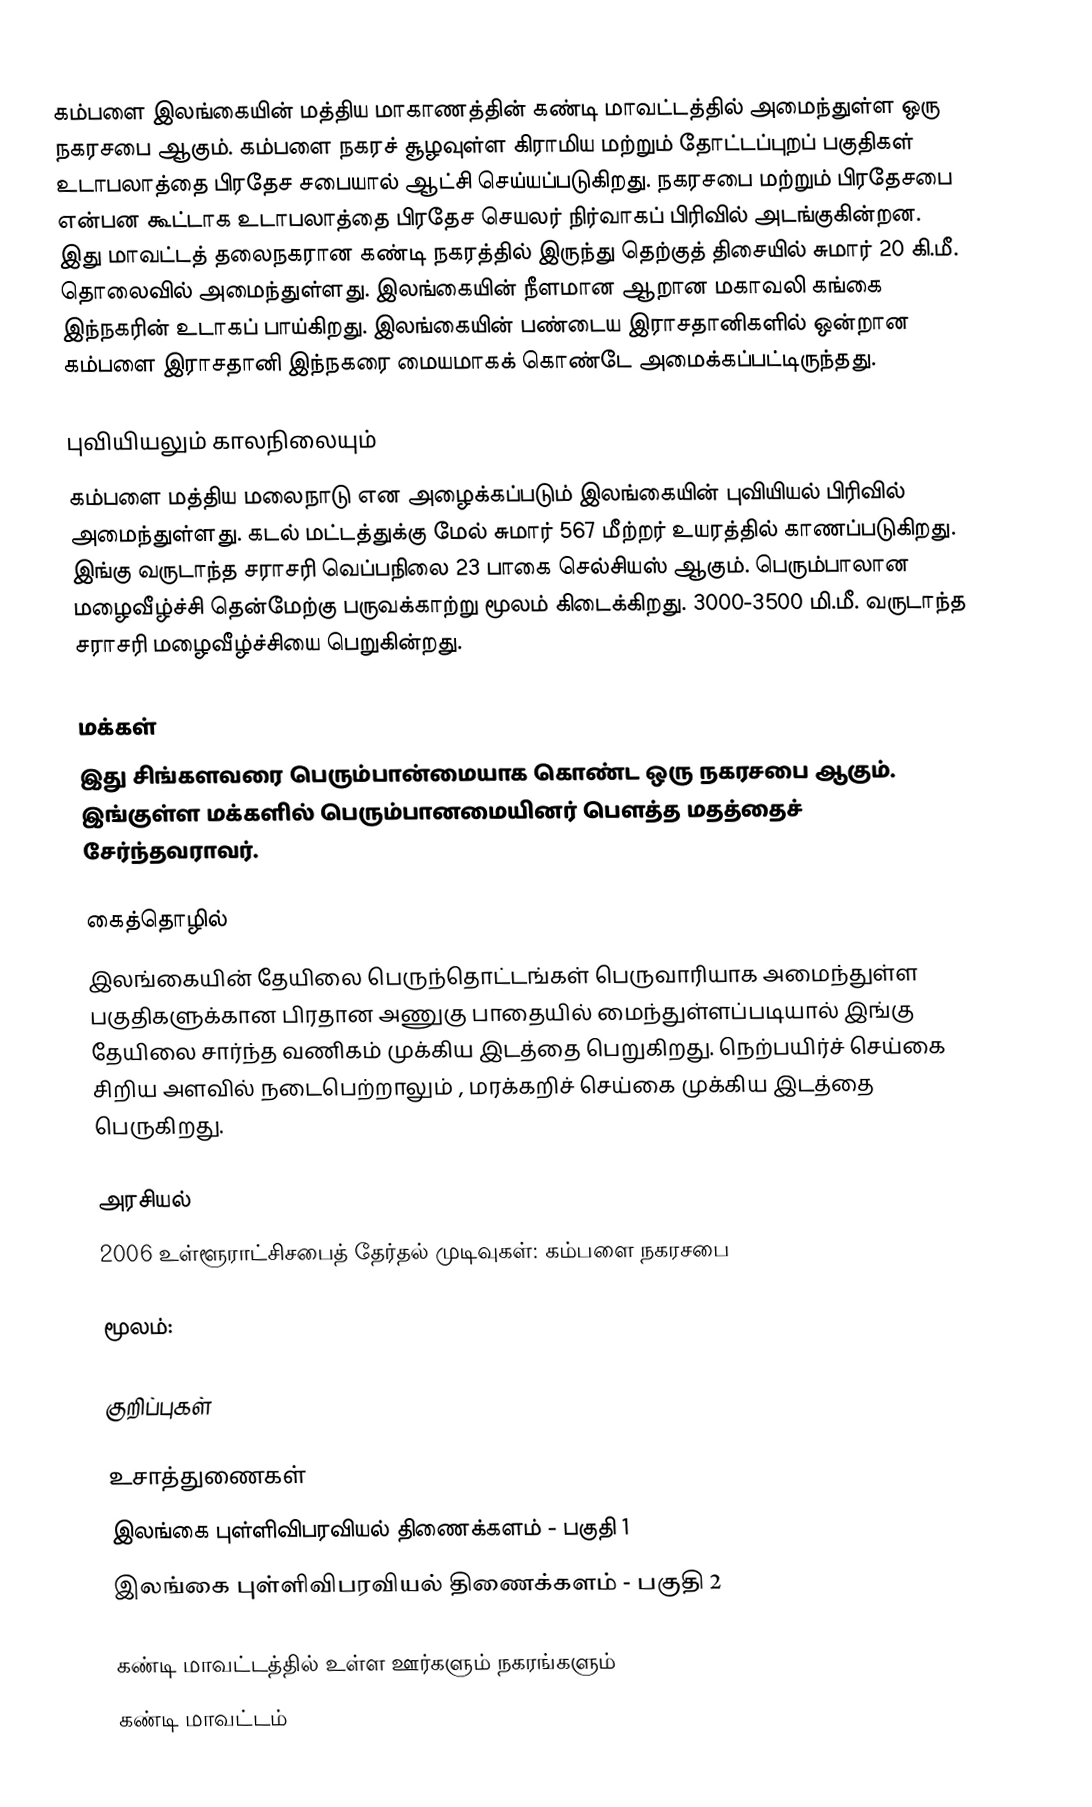
கம்பளை இலங்கையின் மத்திய மாகாணத்தின் கண்டி மாவட்டத்தில் அமைந்துள்ள ஒரு நகரசபை ஆகும். கம்பளை நகரச் சூழவுள்ள கிராமிய மற்றும் தோட்டப்புறப் பகுதிகள் உடாபலாத்தை பிரதேச சபையால் ஆட்சி செய்யப்படுகிறது. நகரசபை மற்றும் பிரதேசபை என்பன கூட்டாக உடாபலாத்தை பிரதேச செயலர் நிர்வாகப் பிரிவில் அடங்குகின்றன. இது மாவட்டத் தலைநகரான கண்டி நகரத்தில் இருந்து  தெற்குத் திசையில் சுமார் 20 கி.மீ. தொலைவில் அமைந்துள்ளது. இலங்கையின் நீளமான ஆறான மகாவலி கங்கை இந்நகரின் உடாகப் பாய்கிறது. இலங்கையின் பண்டைய இராசதானிகளில் ஒன்றான கம்பளை இராசதானி இந்நகரை மையமாகக் கொண்டே அமைக்கப்பட்டிருந்தது.

புவியியலும் காலநிலையும்
கம்பளை  மத்திய மலைநாடு என அழைக்கப்படும்  இலங்கையின் புவியியல் பிரிவில் அமைந்துள்ளது. கடல் மட்டத்துக்கு மேல் சுமார் 567 மீற்றர்  உயரத்தில் காணப்படுகிறது. இங்கு வருடாந்த சராசரி வெப்பநிலை 23 பாகை செல்சியஸ் ஆகும். பெரும்பாலான மழைவீழ்ச்சி தென்மேற்கு பருவக்காற்று மூலம் கிடைக்கிறது. 3000-3500 மி.மீ. வருடாந்த சராசரி மழைவீழ்ச்சியை பெறுகின்றது.

மக்கள்
இது சிங்களவரை பெரும்பான்மையாக கொண்ட ஒரு நகரசபை ஆகும். இங்குள்ள மக்களில் பெரும்பானமையினர் பௌத்த மதத்தைச் சேர்ந்தவராவர்.

கைத்தொழில்
இலங்கையின் தேயிலை பெருந்தொட்டங்கள் பெருவாரியாக அமைந்துள்ள பகுதிகளுக்கான பிரதான அணுகு பாதையில் மைந்துள்ளப்படியால் இங்கு தேயிலை சார்ந்த வணிகம் முக்கிய இடத்தை பெறுகிறது. நெற்பயிர்ச் செய்கை சிறிய அளவில் நடைபெற்றாலும் , மரக்கறிச் செய்கை முக்கிய இடத்தை பெருகிறது.

அரசியல்
2006　உள்ளூராட்சிசபைத்　தேர்தல்　முடிவுகள்:　கம்பளை நகரசபை

மூலம்:

குறிப்புகள்

உசாத்துணைகள்
 இலங்கை புள்ளிவிபரவியல் திணைக்களம் - பகுதி 1
 இலங்கை புள்ளிவிபரவியல் திணைக்களம் - பகுதி 2

கண்டி மாவட்டத்தில் உள்ள ஊர்களும் நகரங்களும்
கண்டி மாவட்டம்